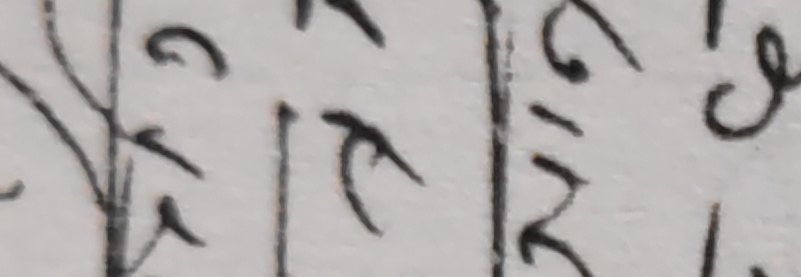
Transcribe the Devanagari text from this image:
। र२ । ल९